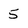
Character: 5